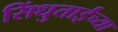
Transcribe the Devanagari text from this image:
सिंधुताईंच्या